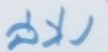
ล่าง